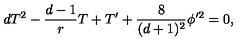
d T ^ { 2 } - { \frac { d - 1 } { r } } T + T ^ { \prime } + { \frac { 8 } { ( d + 1 ) ^ { 2 } } } \phi ^ { \prime 2 } = 0 ,